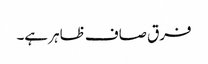
فرق صاف ظاہر ہے۔